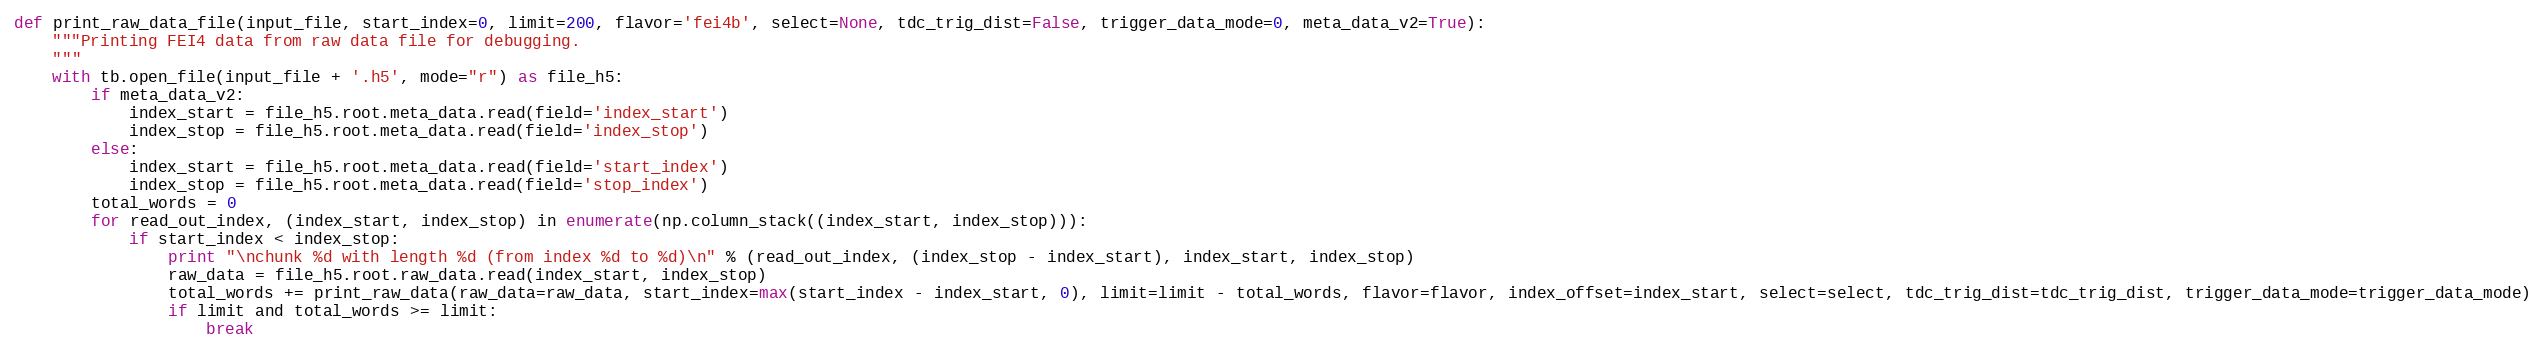
Language: Python
def print_raw_data_file(input_file, start_index=0, limit=200, flavor='fei4b', select=None, tdc_trig_dist=False, trigger_data_mode=0, meta_data_v2=True):
    """Printing FEI4 data from raw data file for debugging.
    """
    with tb.open_file(input_file + '.h5', mode="r") as file_h5:
        if meta_data_v2:
            index_start = file_h5.root.meta_data.read(field='index_start')
            index_stop = file_h5.root.meta_data.read(field='index_stop')
        else:
            index_start = file_h5.root.meta_data.read(field='start_index')
            index_stop = file_h5.root.meta_data.read(field='stop_index')
        total_words = 0
        for read_out_index, (index_start, index_stop) in enumerate(np.column_stack((index_start, index_stop))):
            if start_index < index_stop:
                print "\nchunk %d with length %d (from index %d to %d)\n" % (read_out_index, (index_stop - index_start), index_start, index_stop)
                raw_data = file_h5.root.raw_data.read(index_start, index_stop)
                total_words += print_raw_data(raw_data=raw_data, start_index=max(start_index - index_start, 0), limit=limit - total_words, flavor=flavor, index_offset=index_start, select=select, tdc_trig_dist=tdc_trig_dist, trigger_data_mode=trigger_data_mode)
                if limit and total_words >= limit:
                    break